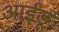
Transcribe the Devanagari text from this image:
आईडू